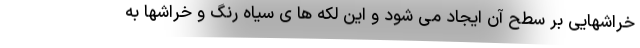
خراشهایی بر سطح آن ایجاد می شود و این لکه ها ی سیاه رنگ و خراشها به